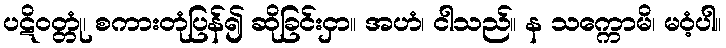
ပဋိဝတ္တုံ၊ စကားတုံပြန်၍ ဆိုခြင်းငှာ။ အဟံ၊ ငါသည်။ န သက္ကောမိ၊ မဝံ့ပါ။